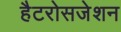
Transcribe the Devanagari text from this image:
हैटरोसजेशन